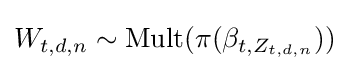
W_{t,d,n}\sim {\textrm {Mult}}(\pi (\beta _{t,Z_{t,d,n}}))